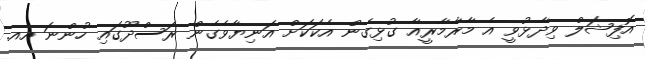
އޮފިޝަލް ވިދާޅުވީ އެ މާރާމާރީއާ ގުޅިގެން އެކަކަށް އަނިޔާވެގެން ރަސްދޫގައި ހުންނަ އއ.